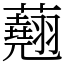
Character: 𧄍